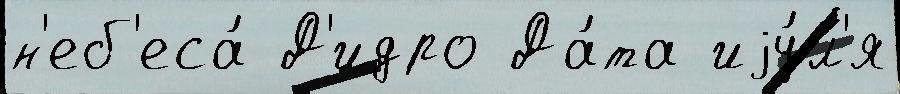
н'еб'еса́ Д'идро Да́та иjу́л'я